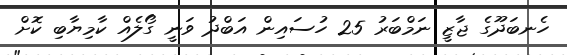
ހެނބަދޫގެ ޖާޒީ ނަމްބަރު 25 ހުސައިން އަބްދު ވަނީ ގޯލެއް ކާމިޔާބި ކޮށް